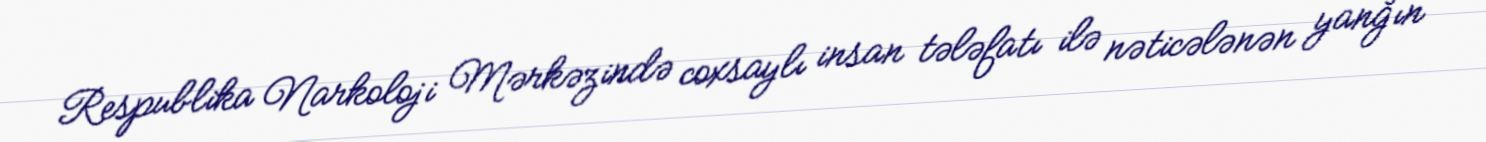
Respublika Narkoloji Mərkəzində coxsaylı insan tələfatı ilə nəticələnən yanğın